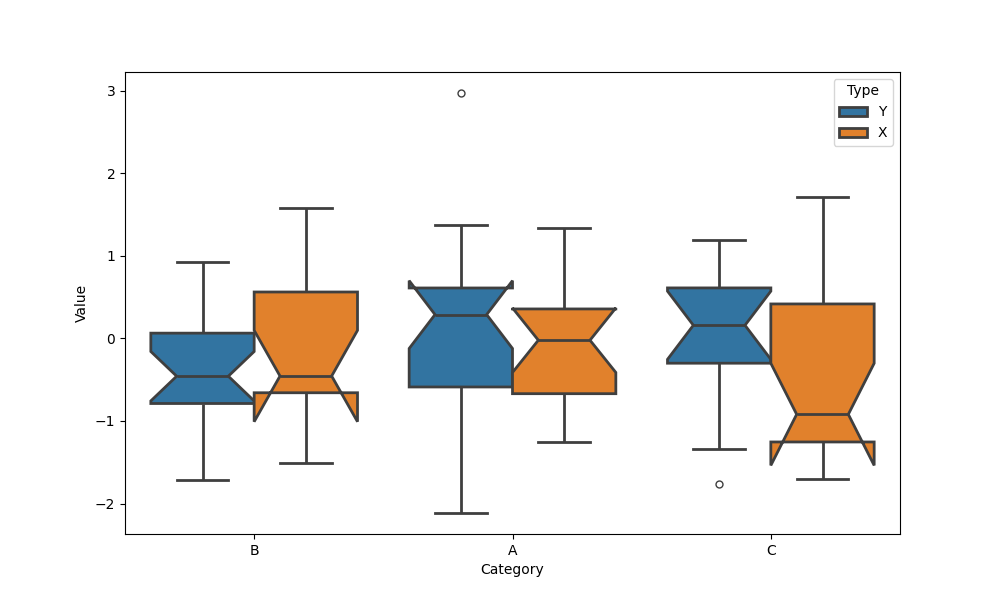
python, seaborn, boxplot, width=0.8, linewidth=2, fliersize=5, notch=True